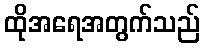
ထိုအရေအတွက်သည်